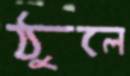
ঠুলে